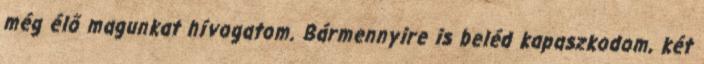
még élő magunkat hívogatom. Bármennyire is beléd kapaszkodom, két